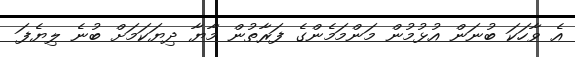
އެ ވާހަކަ ބުނަން އުޅުމުން މަންމަމެންގެ ފަރާތުން މާޔާ ދިޔަކަމަށް ބުނެ ލިޔެފަ